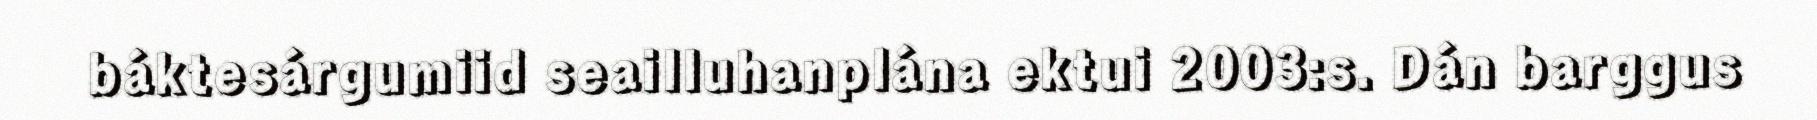
báktesárgumiid seailluhanplána ektui 2003:s. Dán barggus